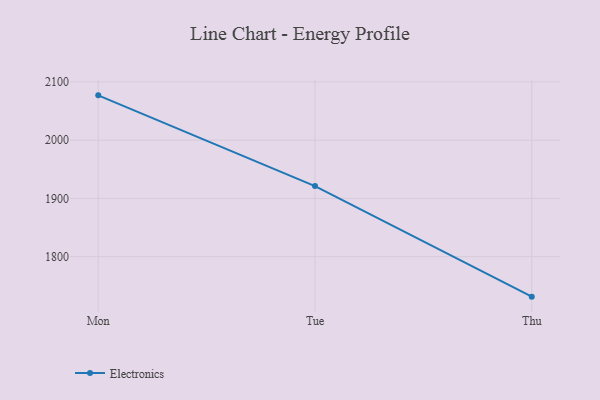
{"axis": {"x": "Day", "y": "Production Output"}, "legend": ["Electronics"], "data": [{"x": "Mon", "y": 2076.9, "type": "Electronics"}, {"x": "Tue", "y": 1921.1, "type": "Electronics"}, {"x": "Thu", "y": 1731.4, "type": "Electronics"}]}